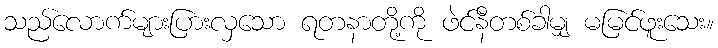
သည်လောက်များပြားလှသော ရတနာတို့ကို ဖဲင်နီတစ်ခါမျှ မမြင်ဖူးသေး။